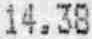
14.38